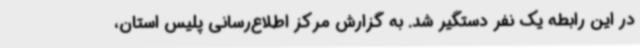
در این رابطه یک نفر دستگیر شد. به گزارش مرکز اطلاع‌رسانی پلیس استان،